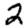
Digit: 2